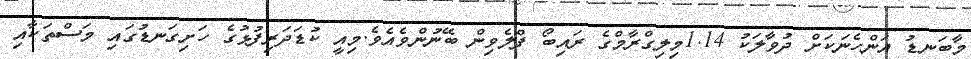
މާބަނޑު އަންހެނަކަށް ދުވާލަކު 1.14މިލިގްރާމްގެ ރައިބޯ ފްލެވިން ބޭނުންވެއެވެ.މިއީ ކުޑަދަރިފުޅުގެ ހަށިގަނޑުގައި މަސްތަކާއި